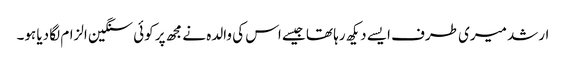
ارشد میری طرف ایسے دیکھ رہا تھا جیسے اس کی والدہ نے مجھ پر کوئی سنگین الزام لگا دیا ہو۔